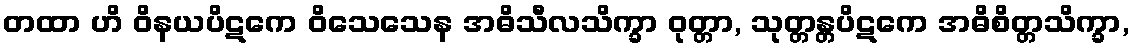
တထာ ဟိ ဝိနယပိဋကေ ဝိသေသေန အဓိသီလသိက္ခာ ဝုတ္တာ, သုတ္တန္တပိဋကေ အဓိစိတ္တသိက္ခာ,